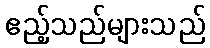
ဧည့်သည်များသည်